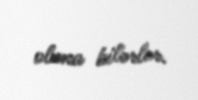
oluna bilərlər.